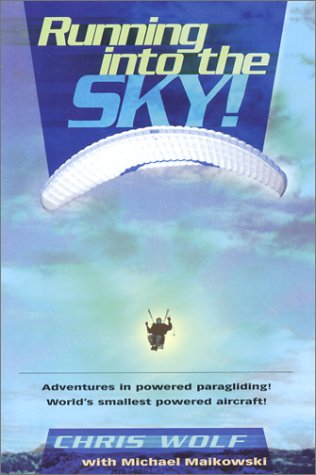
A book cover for Running Into The Sky; Chris Wolf; Sports & Outdoors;